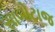
સાબોટાજ